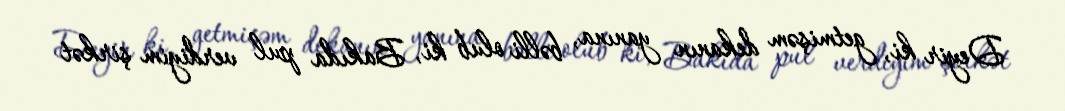
Deyir ki, getmişəm dekanın yanına, bəlli olub ki, Bakıda pul verdiyim şirkət